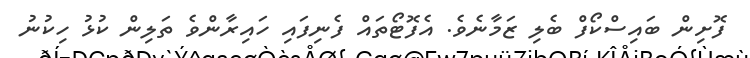
ފޮށިން ބައިސްކޯފް ބެލި ޒަމާނެވެ. އެފޮޓޯތައް ފެނިފައި ހައިރާންވެ ތަލިން ކުޅު ހިކުނު